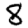
Digit: 8